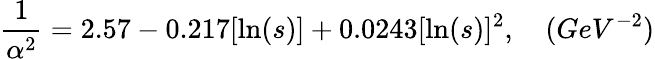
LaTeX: {\frac{1}{\alpha^{2}}}=2.57-0.217[\ln(s)]+0.0243[\ln(s)]^{2},\quad(GeV^{-2})